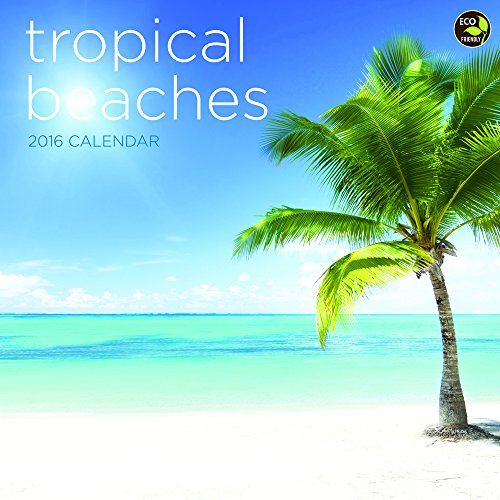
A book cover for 2016 Tropical Beaches Wall Calendar; TF Publishing; Science & Math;